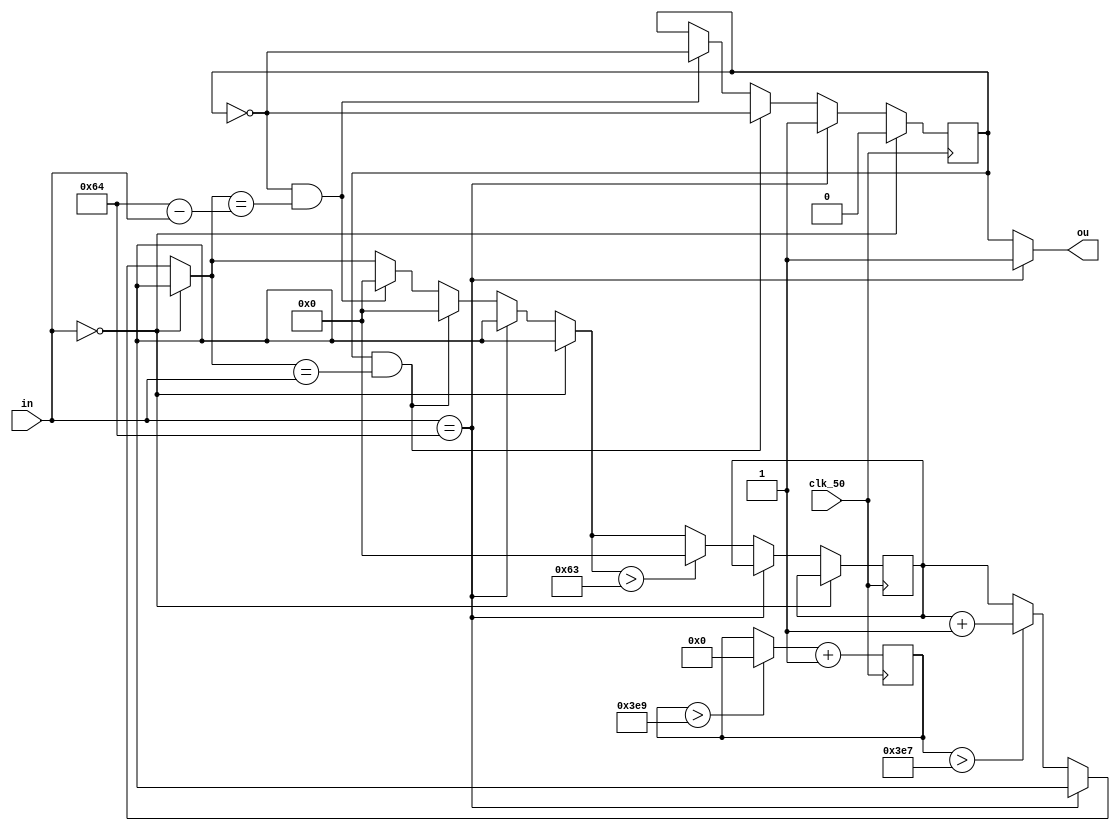
module PWM( input clk_50,
            input [7:0]in,
            output ou
			 );

// declarting regs
			 
//reg st = 0; // "st" stands for status of input signal -- 1 or 0
reg our = 0; // r = reg
reg [7:0]inr; // r = reg
reg [7:0]inl = 0;
reg [10:0]clkc = 0; // clk = clock count
reg [7:0]countc = 0;

// assigning

assign ou = (inr == 100) ? 1 : our;


always @(in) begin

   inr = in;
	inl = 8'd100 - inr;
	
end


always @(posedge clk_50) begin
   if(clkc > 1001)
	   clkc = 0;
   clkc = clkc+ 1;
end

always @(posedge clk_50) begin

   if(inr == 0) our = 0;
	else if(inr == 100) our = 1;
	else begin
	
	if(clkc > 999)
      countc = countc + 1;
	if(our == 1 && countc == inr) begin
	   our = ~our;
		countc = 0;
	end
	else if(our == 0 && countc == inl) begin
	   our = ~our;
		countc = 0;
	end
	if(countc > 99) countc = 0;
	
	end
	
end
			 
endmodule